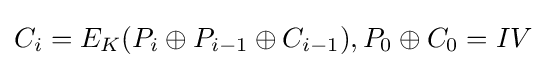
C_{i}=E_{K}(P_{i}\oplus P_{i-1}\oplus C_{i-1}),P_{0}\oplus C_{0}=IV